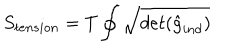
LaTeX: S _ { t e n s i o n } = T \oint \sqrt { d e t ( { \hat { g } _ { i n d } } ) }